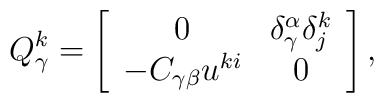
Q_{\gamma }^{k}=\left[ \begin{array}{cc}0 & \delta _{\gamma }^{\alpha }\delta _{j}^{k} \\ -C_{\gamma \beta }u^{ki} & 0\end{array}\right] ,